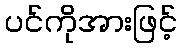
ပင်ကိုအားဖြင့်